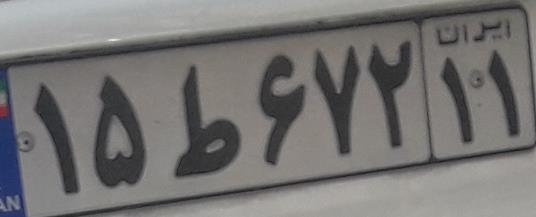
۱۵ط۶۷۲۱۱